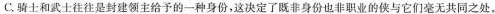
C.骑士和武士往往是封建领主给予的一种身份，这决定了既非身份也非职业的侠与它们毫无共同之处。